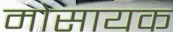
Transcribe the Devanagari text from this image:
मोसायक